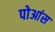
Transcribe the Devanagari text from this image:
पोआंस